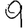
Digit: 9